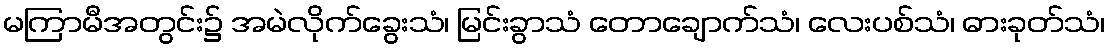
မကြာမီအတွင်း၌ အမဲလိုက်ခွေးသံ၊ မြင်းခွာသံ တောချောက်သံ၊ လေးပစ်သံ၊ ဓားခုတ်သံ၊